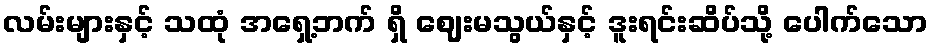
လမ်းများနှင့် သထုံ အရှေ့ဘက် ရှိ ဈေးမသွယ်နှင့် ဒူးရင်းဆိပ်သို့ ပေါက်သော